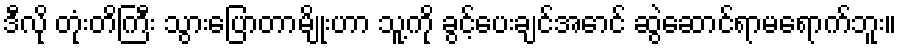
ဒီလို တုံးတိကြီး သွားပြောတာမျိုးဟာ သူ့ကို ခွင့်ပေးချင်အောင် ဆွဲဆောင်ရာမရောက်ဘူး။